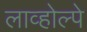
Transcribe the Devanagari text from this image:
लाव्होल्पे